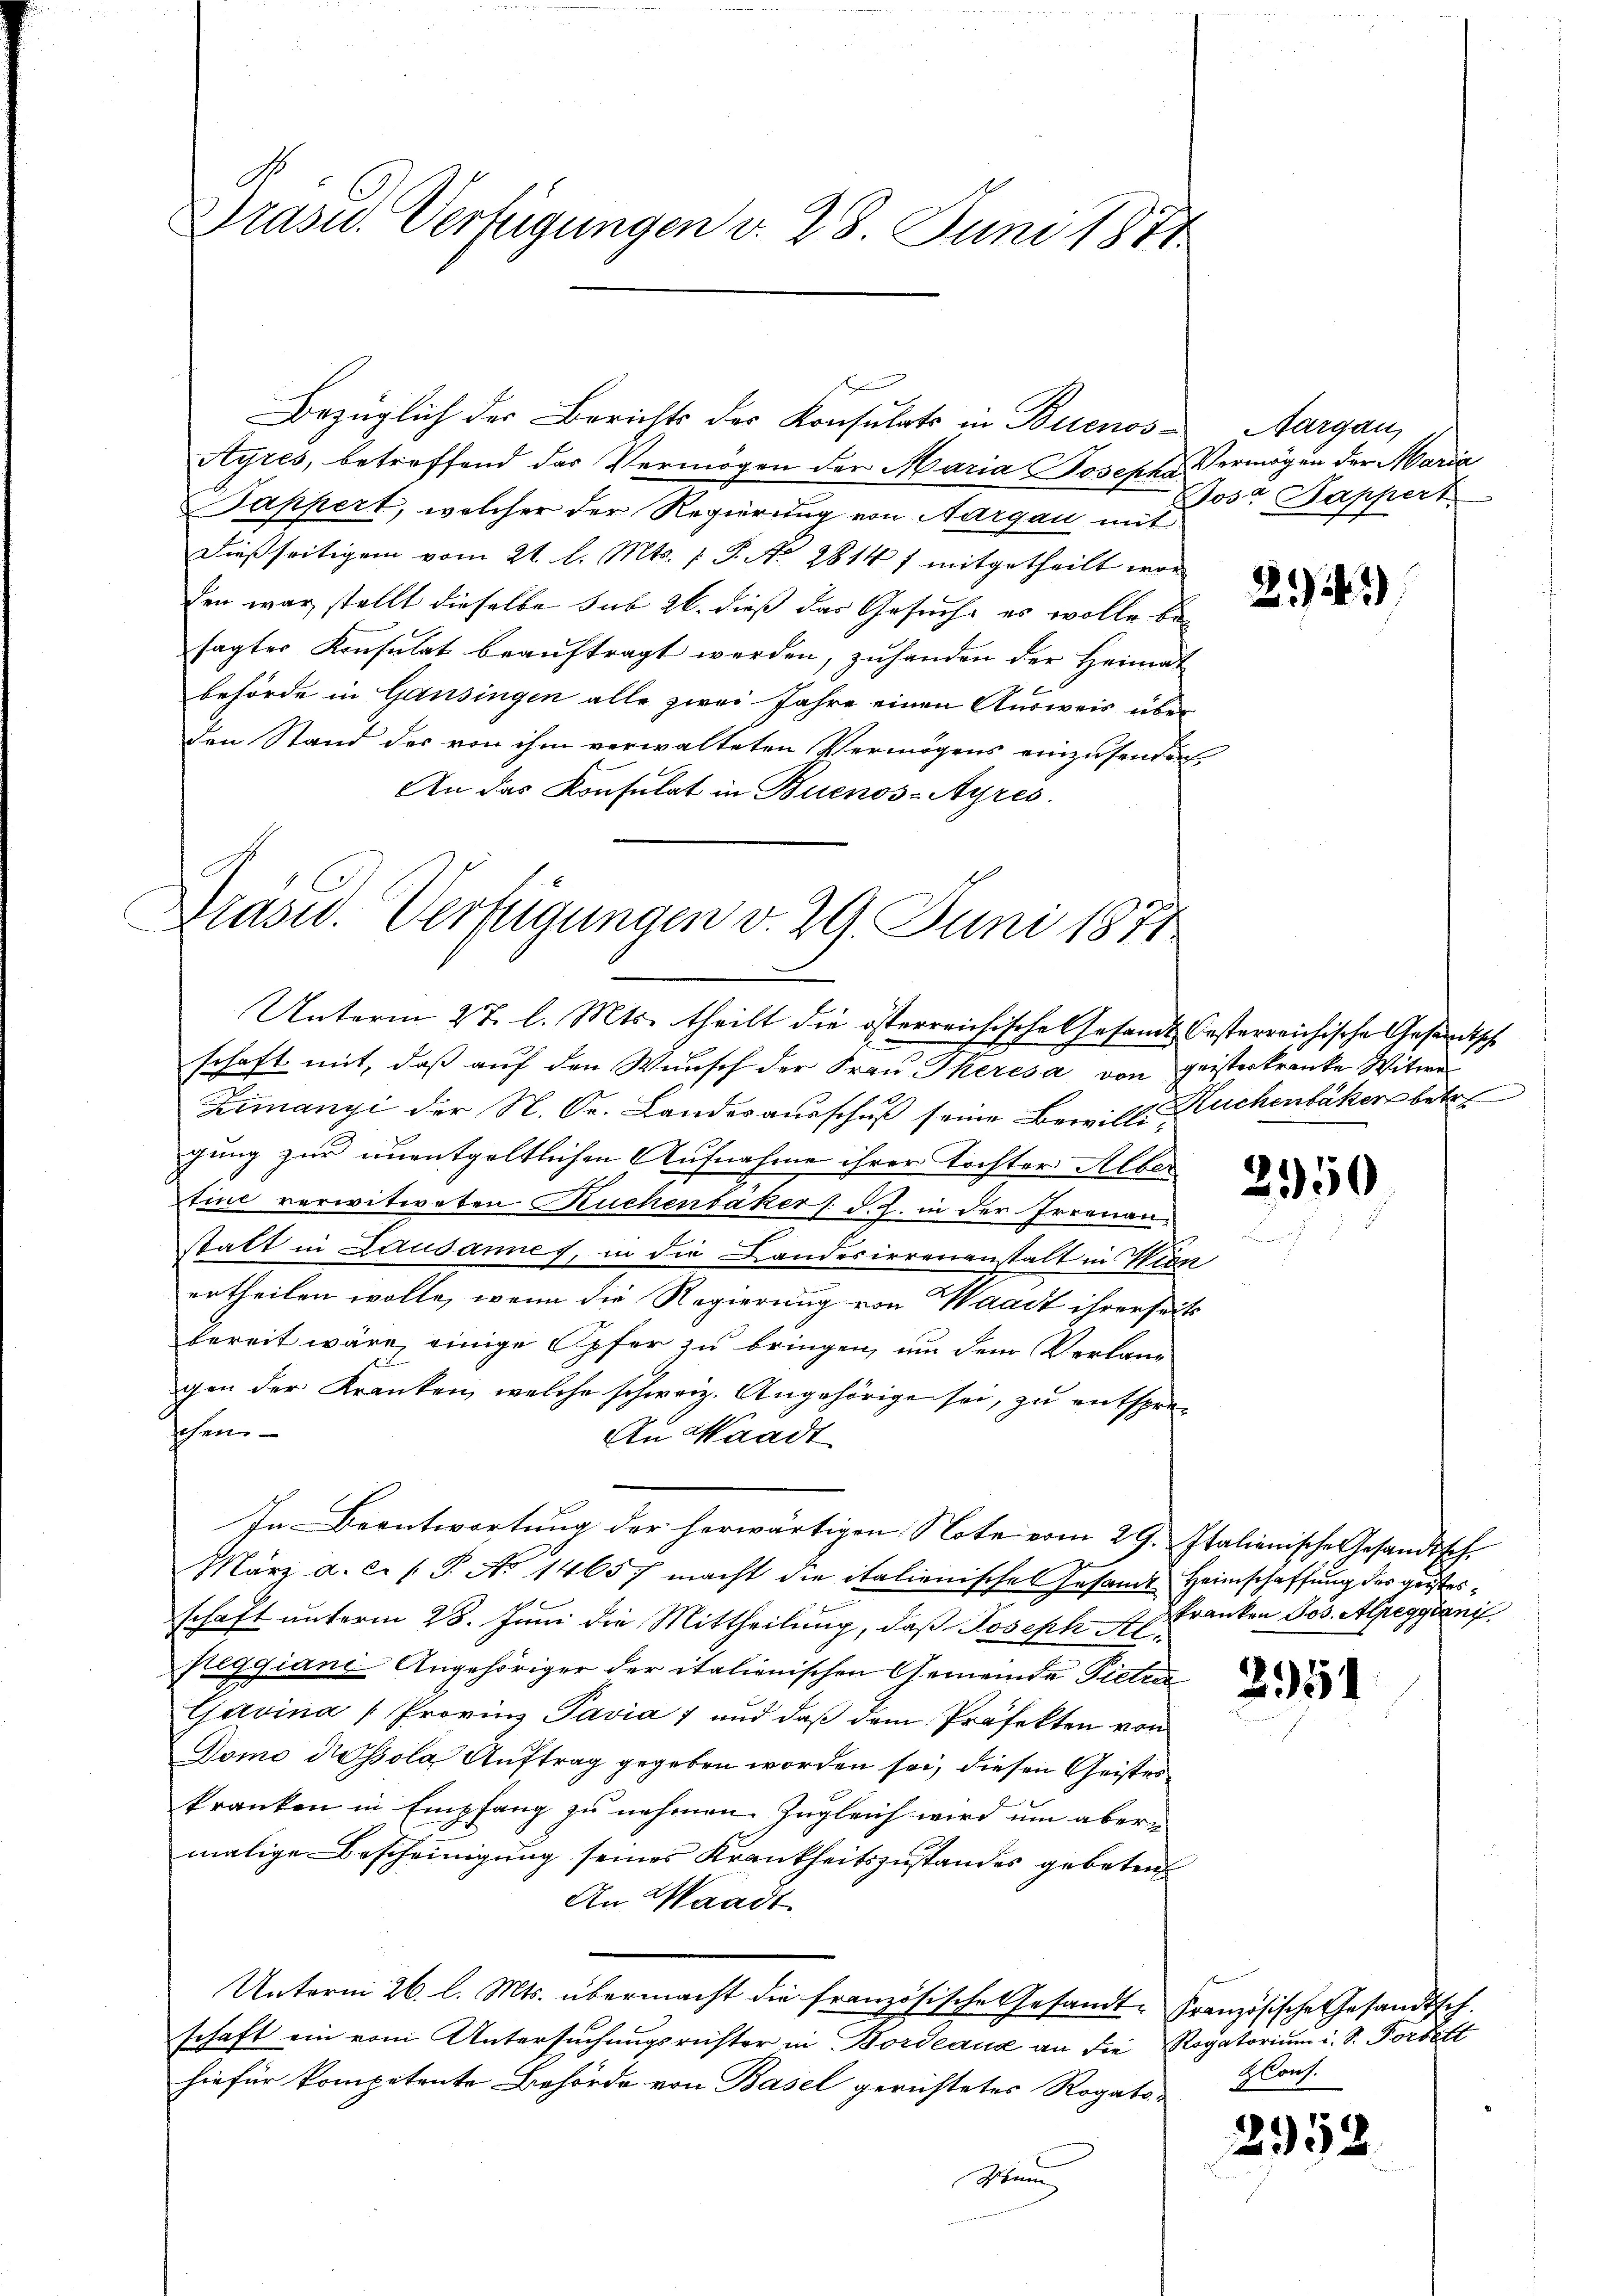
Präsid. Verfügungen d. 28. Juni 1871

Bezüglich der Berichts des Konsulats in Buenos-Aargau,
Ayres, betreffend das Vermögen der Maria Josepha Vermögen der Maria
Pappert, welcher der Regierung von Aargau mit
dießseitigem vom 21. l. Mts. 1 S. Nr. 2814 f mitgetheilt wor
den war stellt dieselbe sub 26. dieß das Gesuche es wolle besagter Konsulat beaŭftragt werden, zŭhanden der Heimat
behörde in Gansingen alle zwei Jahre einen Ausweis über
den Stand des von ihm verwalteten Vermögens einzusenden.
An das Konsulat in Buenos-Ayres.

Brasid. Verfügungen v. 29. Juni 1871
Unterm 27. l. Mts. theilt die österreichische Gesandt-Oesterreichische Gesandtsch
schaft mit, daß auf den Wunsch der Frau Theresa von geisterkranke Witwer

Fimanyi der N. Dr. Landesausschuß seine Bewill. Wuchenbaker betre
gung zur unentgeltlichen Aufnahme ihrer Tochter Alber
Itine verwitweten Kuchenbakers d. 2. in der Irrenanstatt in Lausannes, in die Landesirrenanstalt in Wien
ertheilen wolle, wenn die Regierung von Waadt ihrerseit
bereit wäre, einige Opfer zu bringen, um dem Verlang
gen der Kranken, welche schweiz. Angehörige sei, zu entspresehen
An Waadt
März a.c. (T. No 14657 macht die italienische Gesandt Heimschaffung des geistesschaft unterm 28. Juni die Mittheilung, daß Joseph Al.
fleggiani Angehöriger der italienischen Gemeinde Pietri
Gavina (Provinz Pavia 1 und daß dem Präfekten von
Domo dissola Auftrag gegeben worden sei, diesen Geisteskranken in Empfang zu nehmen. Zugleich wird um aber
malige Bescheinigung seines Krankheitszustandes gebeten
An Waadt
Unterm 26. l. Mts. übermacht die französische Gesandt. Französische Gesandtsch.
schaft ein vom Untersuchungsrichter in Bordeaux an die Rogatorium i. S. Vorbett
hiefür kompetente Behörde von Basel gerichtetes Rogato-

In Beantwortŭng der herwärtigen Note vom 29. Italienische Gesandtsch-

Josa Dappert

21)

2550

kranken Jos. Alpeggiani

251

Glous.

2952.